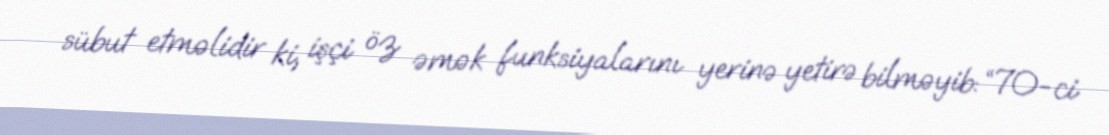
sübut etməlidir ki, işçi öz əmək funksiyalarını yerinə yetirə bilməyib: “70-ci